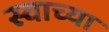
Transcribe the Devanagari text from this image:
स्वाच्या